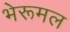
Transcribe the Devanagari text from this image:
भेरूमल